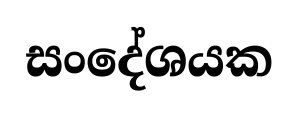
සංදේශයක